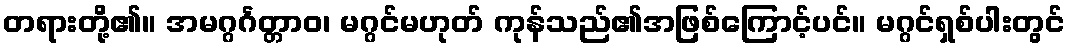
တရားတို့၏။ အမဂ္ဂင်္ဂတ္တာဝ၊ မဂ္ဂင်မဟုတ် ကုန်သည်၏အဖြစ်ကြောင့်ပင်။ မဂ္ဂင်ရှစ်ပါးတွင်